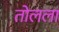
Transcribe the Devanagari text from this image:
तोलला